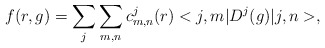
\begin{align*}f(r,g)=\sum_{j}\sum_{m,n}c^{j}_{m,n}(r)<j,m|D^{j}(g)|j,n>,\end{align*}